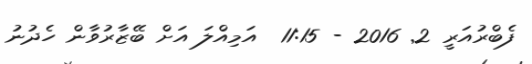
ފެބްރުއަރީ 2